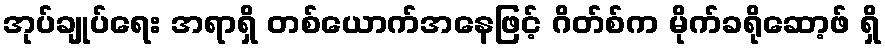
အုပ်ချုပ်ရေး အရာရှိ တစ်ယောက်အနေဖြင့် ဂိတ်စ်က မိုက်ခရိုဆော့ဖ် ရှိ